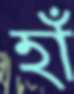
হাঁ